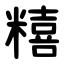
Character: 糦